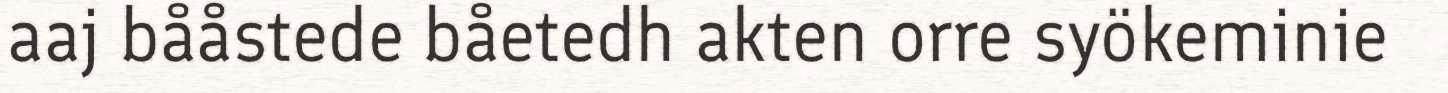
aaj bååstede båetedh akten orre syökeminie